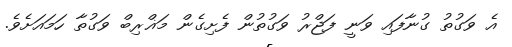
އެ ވަގުތުު ގުނާފައި ވަނީ ފަޖްރު ވަގުތުން ފެށިގެން މަޣްރިބް ވަގުތާ ހަމައަށެވެ.